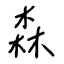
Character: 森